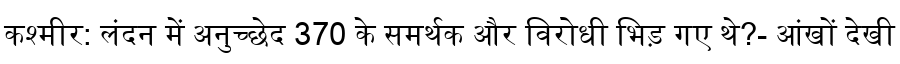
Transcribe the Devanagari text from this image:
कश्मीर: लंदन में अनुच्छेद 370 के समर्थक और विरोधी भिड़ गए थे?- आंखों देखी